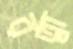
রত্না